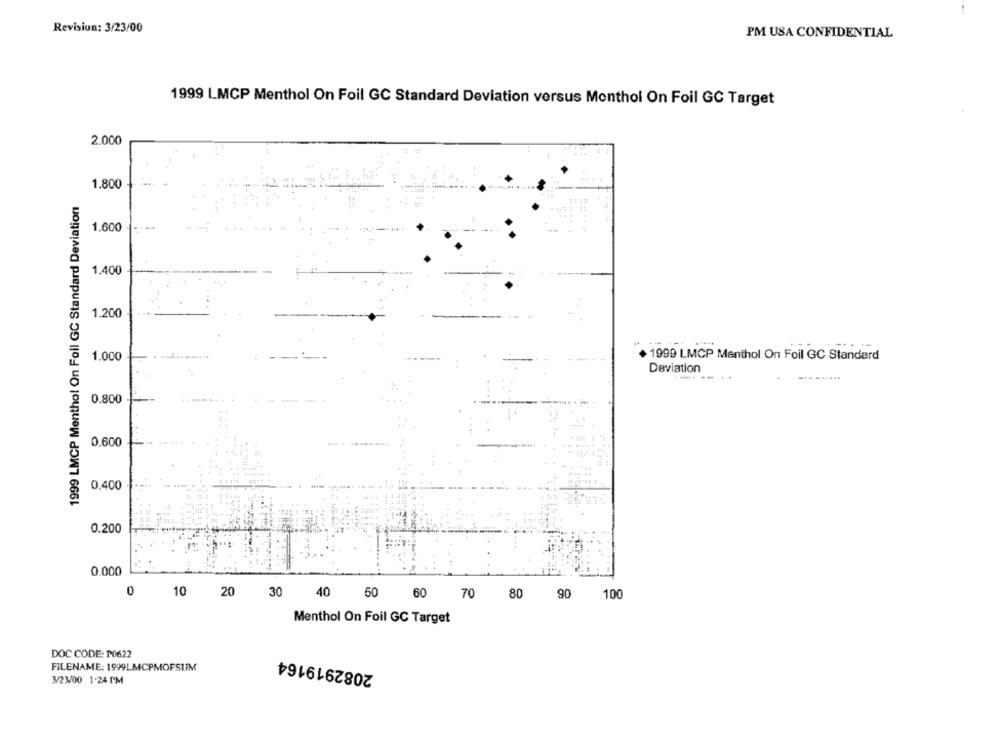
Revision: 3/23/00
PM USA CONFIDENTIAL
1999 LMCP Menthol On Foil GC Standard Deviation versus Monthol On Foil GC Target
2.000
1.800
1999 LMCP Menthol On Foil GC Standard Deviation
1.600
1.400
--
1.200
1.000
1999 LMCP Menthol On Foil GC Standard
Deviation
0.800
0,600
0,400
0.200
0.000
0
10 20 30
70
40 50 60
80 90
100
Menthol On Foil GC Target
DOC CODE: P0622
2082919164
FILENAME: 1999LMCPMOFSUM
3/23/00 1-24 PM